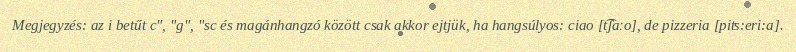
Megjegyzés: az i betűt c", "g", "sc és magánhangzó között csak akkor ejtjük, ha hangsúlyos: ciao [t͡ʃaːo], de pizzeria [piʦ:eri:a].